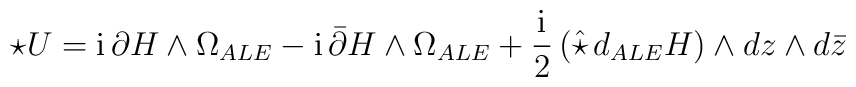
\star U = {\rm i}\,\partial H \wedge \Omega_{ALE} -{\rm i}\,  \bar{\partial} H \wedge  \Omega_{ALE}+ \frac{{\rm i}}{2}\left(\hat{\star}\,d_{ALE}H\right)\wedge  dz\wedge d\bar{z}